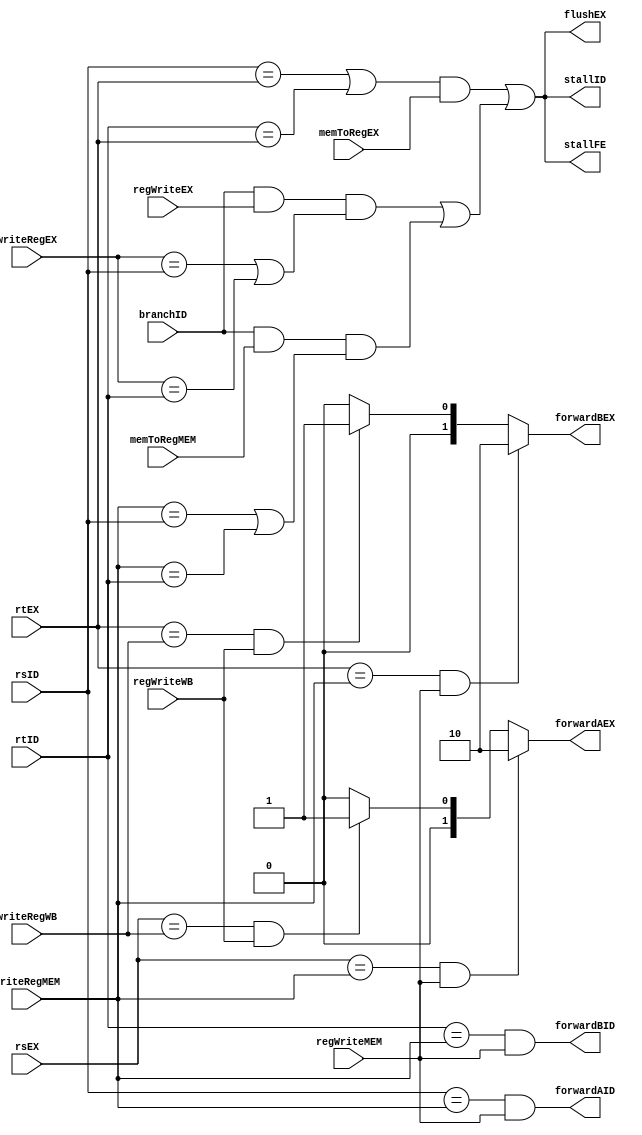
module HazardsUnit(
		
		input branchID,
		input [4:0]rsID,
		input [4:0]rtID,
		input [4:0]rsEX,
		input [4:0]rtEX,
		input [4:0]writeRegEX,
		input [4:0]writeRegMEM,
		input [4:0]writeRegWB,
		input memToRegEX,
		input memToRegMEM,
		input regWriteEX,
		input regWriteMEM,
		input regWriteWB,

		output stallFE,
		output stallID,
		output forwardAID,
		output forwardBID,
		output flushEX,
		output reg [1:0]forwardAEX,
		output reg [1:0]forwardBEX
		
    );
	 
	 wire lwstall;
	 wire branchstall;
	 
		assign lwstall = ((rsID == rtEX) || (rtID == rtEX)) && memToRegEX;
		assign stallFE = lwstall || branchstall;
		assign stallID = lwstall || branchstall;
		assign flushEX = lwstall || branchstall;
		
		assign forwardAID =  (rsID == writeRegMEM) && regWriteMEM;
      assign forwardBID =  (rtID == writeRegMEM) && regWriteMEM;
		
		assign branchstall = (branchID && regWriteEX && (writeRegEX == rsID || writeRegEX == rtID)) || (branchID && memToRegMEM && (writeRegMEM == rsID || writeRegMEM == rtID));

	always @* begin
		if ((rsEX == writeRegMEM) && regWriteMEM) begin
				forwardAEX <= 'b10;
		end
		else if ((rsEX == writeRegWB) && regWriteWB) begin
				forwardAEX <= 'b01;
		end
		else begin
				forwardAEX <= 'b00;
		end
		
		if ((rtEX == writeRegMEM) && regWriteMEM) begin
				forwardBEX <= 'b10;
		end
		else if ((rtEX == writeRegWB) && regWriteWB) begin
				forwardBEX <= 'b01;
		end
		else begin
				forwardBEX <= 'b00;
		end
		
		

		
	end

endmodule